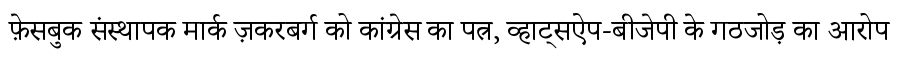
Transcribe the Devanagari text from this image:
फे़सबुक संस्थापक मार्क ज़करबर्ग को कांग्रेस का पत्र, व्हाट्सऐप-बीजेपी के गठजोड़ का आरोप